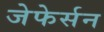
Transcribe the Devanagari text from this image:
जेफेर्सन